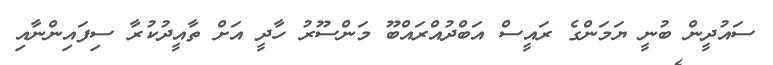
ސައުދީން ބުނީ ޔަމަންގެ ރައީސް އަބްދުއްރައްބޫ މަންސޫރު ހާދީ އަށް ތާއީދުކުރާ ސިފައިންނާއި